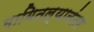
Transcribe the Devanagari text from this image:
मागितल्यानंतर